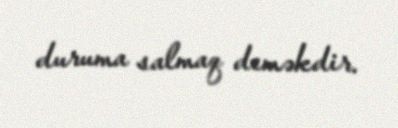
duruma salmaq deməkdir.